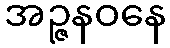
အဉ္ဇနဝနေ